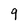
Character: 9